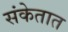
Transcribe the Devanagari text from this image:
संकेतात